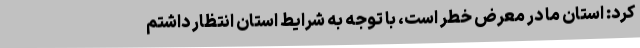
کرد: استان ما در معرض خطر است، با توجه به شرایط استان انتظار داشتم